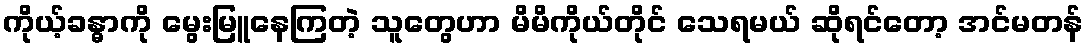
ကိုယ့်ခန္ဓာကို မွေးမြူနေကြတဲ့ သူတွေဟာ မိမိကိုယ်တိုင် သေရမယ် ဆိုရင်တော့ အင်မတန်